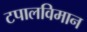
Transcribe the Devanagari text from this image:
टपालविमान